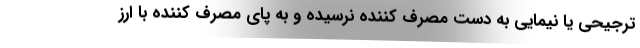
ترجیحی یا نیمایی به دست مصرف کننده نرسیده و به پای مصرف کننده با ارز